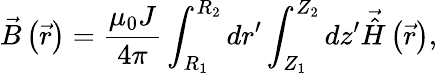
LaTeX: \vec{B}\left(\vec{r}\right)=\frac{\mu_{0}J}{4\pi}\int_{R_{1}}^{R_{2}}dr^{\prime}\int_{Z_{1}}^{Z_{2}}dz^{\prime}\vec{\hat{H}}\left(\vec{r}\right),